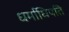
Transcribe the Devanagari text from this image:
धर्माधिपति